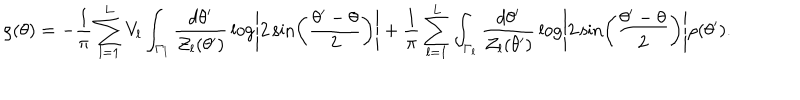
\rho ( \theta ) = - { \frac { 1 } { \pi } } \sum _ { l = 1 } ^ { L } V _ { l } \int _ { \Gamma _ { l } } { \frac { d \theta ^ { \prime } } { { \cal Z } _ { l } ( \theta ^ { \prime } ) } } \log \left| 2 \sin \left( { \frac { \theta ^ { \prime } - \theta } { 2 } } \right) \right| + { \frac { 1 } { \pi } } \sum _ { l = 1 } ^ { L } \int _ { \Gamma _ { l } } { \frac { d \theta ^ { \prime } } { { \cal Z } _ { l } ( \theta ^ { \prime } ) } } \log \left| 2 \sin \left( { \frac { \theta ^ { \prime } - \theta } { 2 } } \right) \right| \rho ( \theta ^ { \prime } ) .